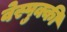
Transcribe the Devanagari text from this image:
वेस्पुक्की